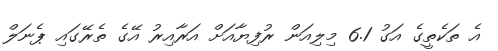
އެ ތަކެތީގެ އަގު 6.1 މިލިއަން ރުފިޔާއަށް އަރާއިރު އޭގެ ތެރޭގައި ޕެނަލް